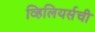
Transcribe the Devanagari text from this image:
व्हिलियर्सची